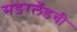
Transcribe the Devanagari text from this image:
संडरलँडची